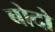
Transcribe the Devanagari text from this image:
बोदो